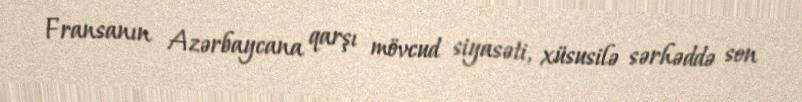
Fransanın Azərbaycana qarşı mövcud siyasəti, xüsusilə sərhəddə son